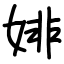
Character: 婔